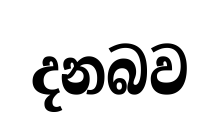
දනබව